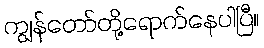
ကျွန်တော်တို့ရောက်နေပါပြီ။